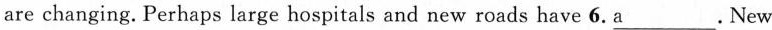
are changing. Perhaps large hospitals and new roads have 6. \underline{a}. New